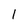
Character: 1